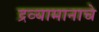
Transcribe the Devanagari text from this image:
द्रव्यामानाचे